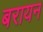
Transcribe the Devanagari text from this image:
बरायन